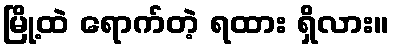
မြို့ထဲ ရောက်တဲ့ ရထား ရှိလား။